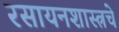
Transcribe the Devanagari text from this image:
रसायनशास्त्रचे